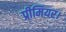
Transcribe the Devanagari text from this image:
प्रीमियर।